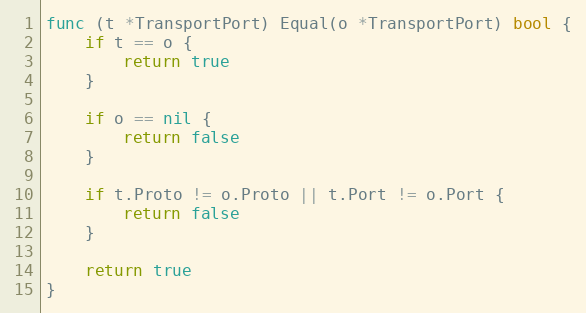
Language: Go
func (t *TransportPort) Equal(o *TransportPort) bool {
	if t == o {
		return true
	}

	if o == nil {
		return false
	}

	if t.Proto != o.Proto || t.Port != o.Port {
		return false
	}

	return true
}